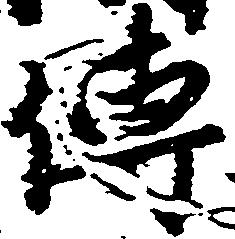
伝